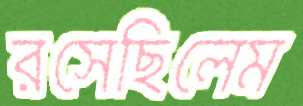
রসেছিলেম